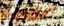
المحتوم